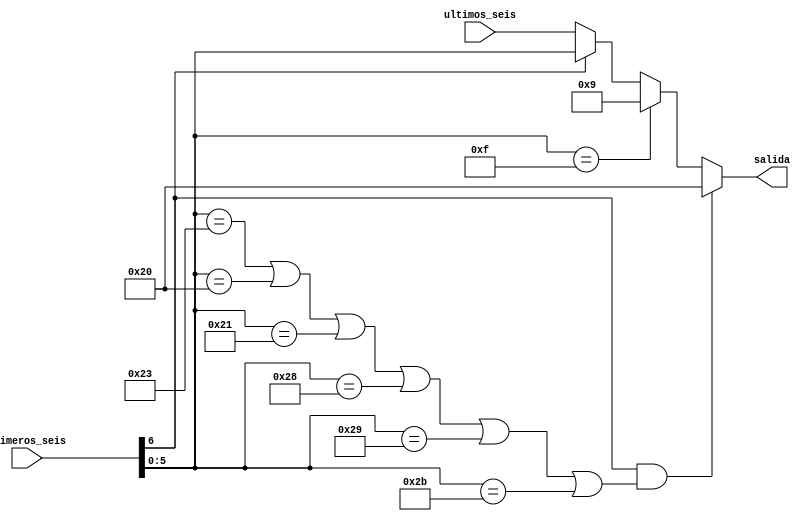
module alucontrol(input [5:0]ultimos_seis,input[6:0] primeros_seis,output wire[5:0] salida);

assign salida=(primeros_seis[6]&(primeros_seis[5:0]==35|primeros_seis[5:0]==32|primeros_seis[5:0]==33|primeros_seis[5:0]==40|primeros_seis[5:0]==41|primeros_seis[5:0]==43))?32:
		(primeros_seis[5:0]==15)?9:
		(primeros_seis[6])?primeros_seis[5:0]:ultimos_seis;

endmodule